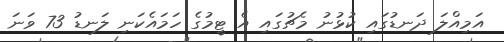
އަމިއްލަ ދަނޑުގައި ކުޅުނު މެޗުގައި އެ ޓީމުގެ ހަމައެކަނި ލަނޑު 73 ވަނަ